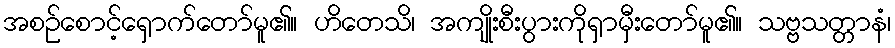
အစဉ်စောင့်ရှောက်တော်မူ၏။ ဟိတေသိ၊ အကျိုးစီးပွားကိုရှာမှီးတော်မူ၏။ သဗ္ဗသတ္တာနံ၊